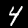
Label: 4